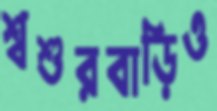
শ্বশুরবাড়িও